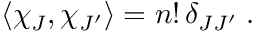
\langle \chi _ { J } , \chi _ { J ^ { \prime } } \rangle = n ! \, \delta _ { J J ^ { \prime } } \; .